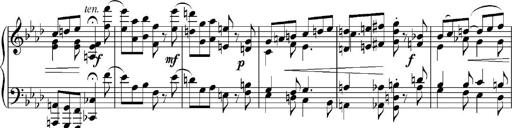
Title: Sonatina No.5
Composer: Otto Stoll
Key: F-sharp minor